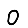
Digit: 0